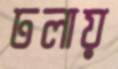
ঢলায়